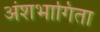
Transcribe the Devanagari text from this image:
अंशभागिता